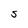
Character: S